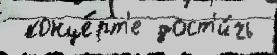
 конце́рт'е дост'и́чь